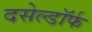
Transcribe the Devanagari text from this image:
दसेल्डॉर्फ